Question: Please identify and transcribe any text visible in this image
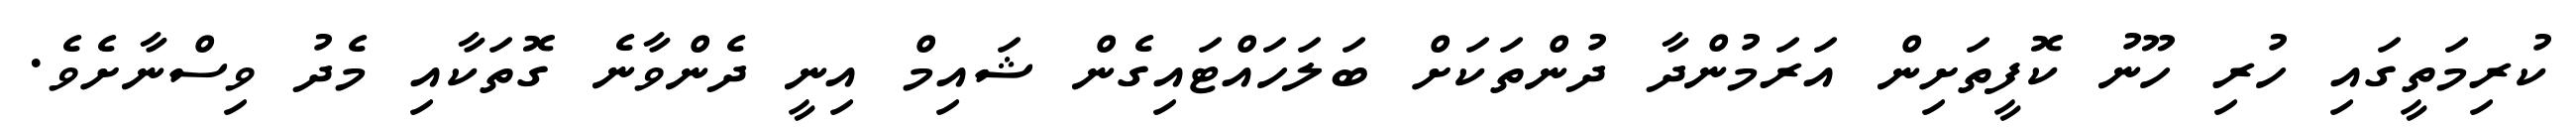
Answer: ކުރިމަތީގައި ހުރި ހޫނު ކޮފީތަށިން އަރަމުންދާ ދުންތަކަށް ބަލަހައްޓައިގެން ޝައިމް އިނީ ދެންވާނެ ގޮތަކާއި މެދު ވިސްނާށެވެ.